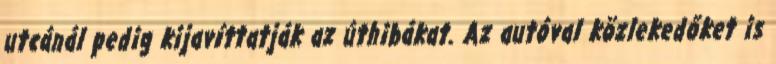
utcánál pedig kijavíttatják az úthibákat. Az autóval közlekedőket is